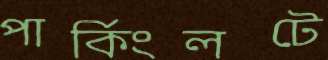
পার্কিংলটে